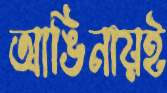
আঙিনায়ই